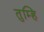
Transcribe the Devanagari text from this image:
तुम्हि